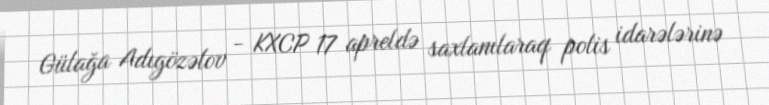
Gülağa Adıgözəlov - KXCP 17 apreldə saxlanılaraq polis idarələrinə